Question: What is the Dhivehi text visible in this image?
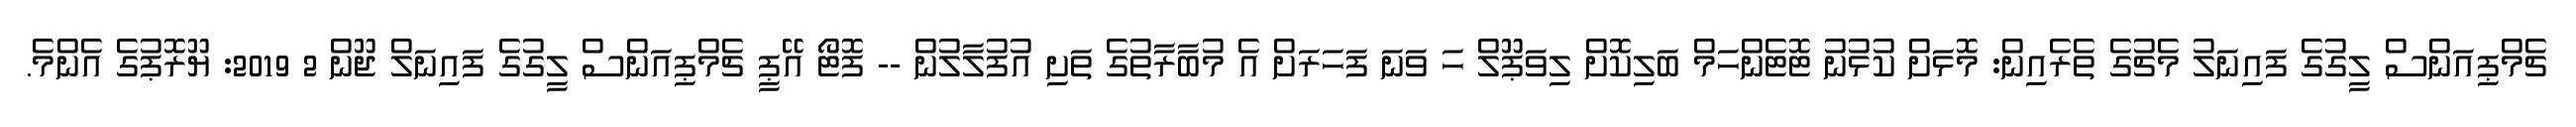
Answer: ޗެމްޕިއަންސް ލީގުގެ ފައިނަލު މެޗުގެ ތެރެއިން: މޮޅަށް ކުޅުނު ޓޮޓެންހަމް ބަލިކޮށް ލިވަޕޫލް ހަ ވަނަ ފަހަރަށް އެ މުބާރާތުގެ ތަށި އުފުލާލުން -- ފޮޓޯ އޭޕީ ޗެމްޕިއަންސް ލީގުގެ ފައިނަލް ޖޫން 2 2019: ޔޫރޮޕުގެ އެންމެ.